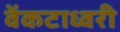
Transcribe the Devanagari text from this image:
वेंकटाध्वरी